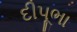
દીપૂભા